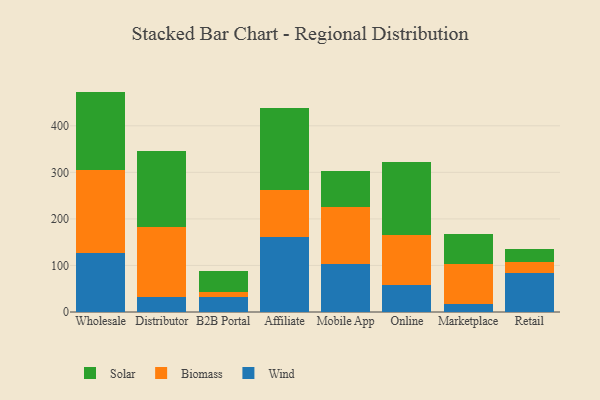
{"axis": {"x": "Channel", "y": "Gross Profit (USD K)"}, "legend": ["Biomass", "Solar", "Wind"], "data": [{"x": "Wholesale", "y": 127.0, "type": "Wind"}, {"x": "Wholesale", "y": 178.8, "type": "Biomass"}, {"x": "Wholesale", "y": 167.7, "type": "Solar"}, {"x": "Distributor", "y": 32.7, "type": "Wind"}, {"x": "Distributor", "y": 149.1, "type": "Biomass"}, {"x": "Distributor", "y": 164.5, "type": "Solar"}, {"x": "B2B Portal", "y": 31.2, "type": "Wind"}, {"x": "B2B Portal", "y": 12.2, "type": "Biomass"}, {"x": "B2B Portal", "y": 44.5, "type": "Solar"}, {"x": "Affiliate", "y": 160.5, "type": "Wind"}, {"x": "Affiliate", "y": 102.1, "type": "Biomass"}, {"x": "Affiliate", "y": 174.8, "type": "Solar"}, {"x": "Mobile App", "y": 102.5, "type": "Wind"}, {"x": "Mobile App", "y": 123.0, "type": "Biomass"}, {"x": "Mobile App", "y": 77.0, "type": "Solar"}, {"x": "Online", "y": 58.3, "type": "Wind"}, {"x": "Online", "y": 106.2, "type": "Biomass"}, {"x": "Online", "y": 158.8, "type": "Solar"}, {"x": "Marketplace", "y": 18.1, "type": "Wind"}, {"x": "Marketplace", "y": 85.8, "type": "Biomass"}, {"x": "Marketplace", "y": 63.6, "type": "Solar"}, {"x": "Retail", "y": 84.4, "type": "Wind"}, {"x": "Retail", "y": 23.4, "type": "Biomass"}, {"x": "Retail", "y": 27.4, "type": "Solar"}]}